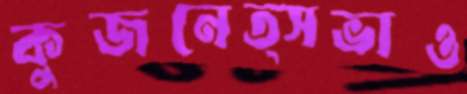
কুজনেত্সভাও